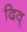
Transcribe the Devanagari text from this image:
दिव्‌